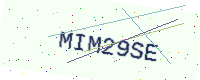
Text: MIM29SE